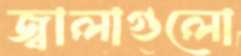
জ্বালাগুলো